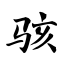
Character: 骇